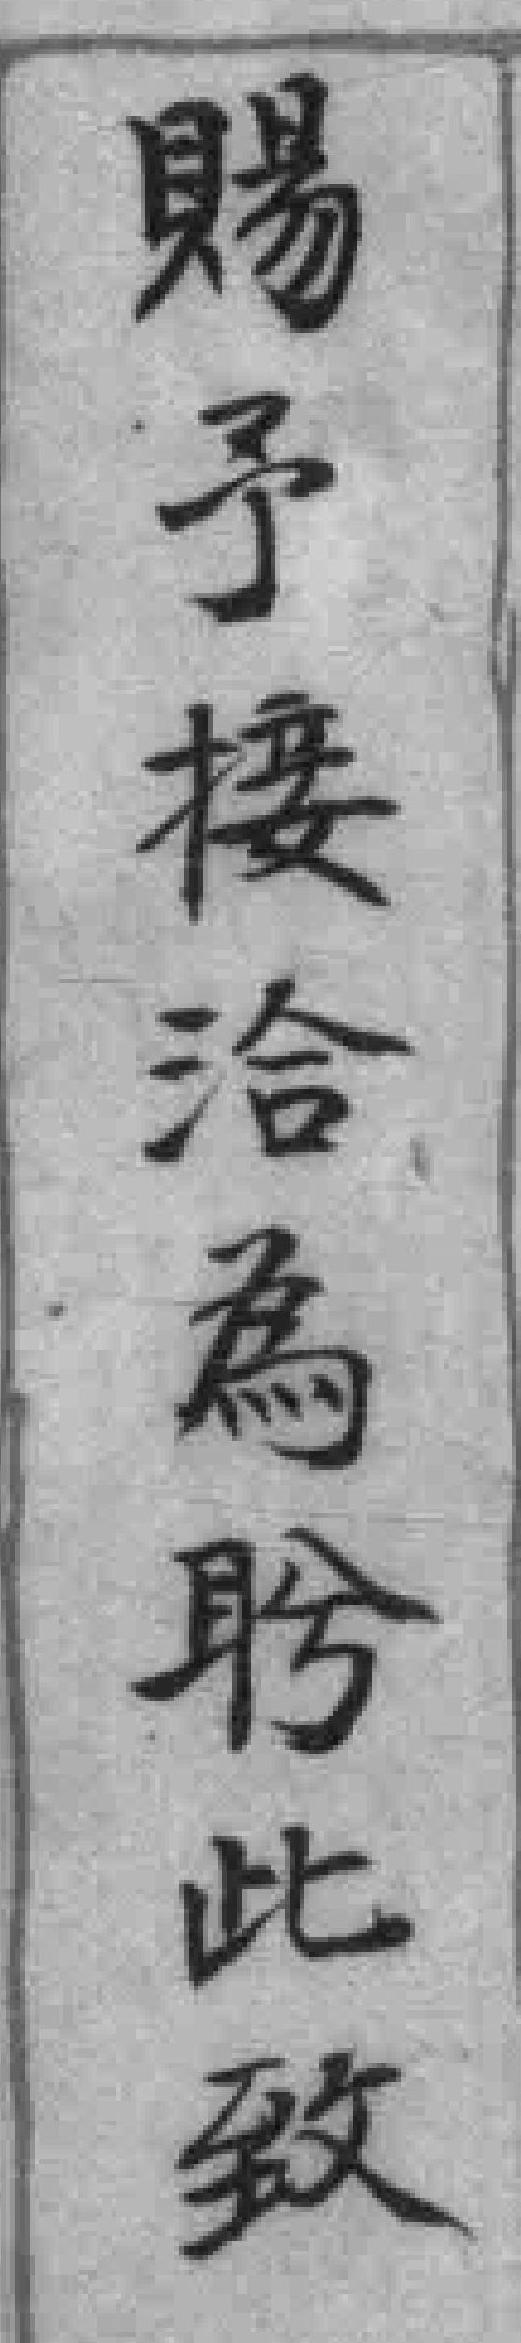
賜予接洽為聆此致